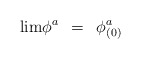
\begin{align*}{\rm lim} \phi^a\hspace{.2cm}=\hspace{.2cm}\phi^a_{(0)}\end{align*}